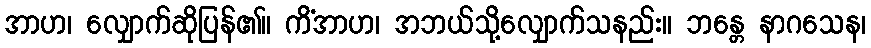
အာဟ၊ လျှောက်ဆိုပြန်၏။ ကိံအာဟ၊ အဘယ်သို့လျှောက်သနည်း။ ဘန္တေ နာဂသေန၊